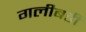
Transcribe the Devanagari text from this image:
गलीबर्डी